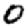
Digit: 0